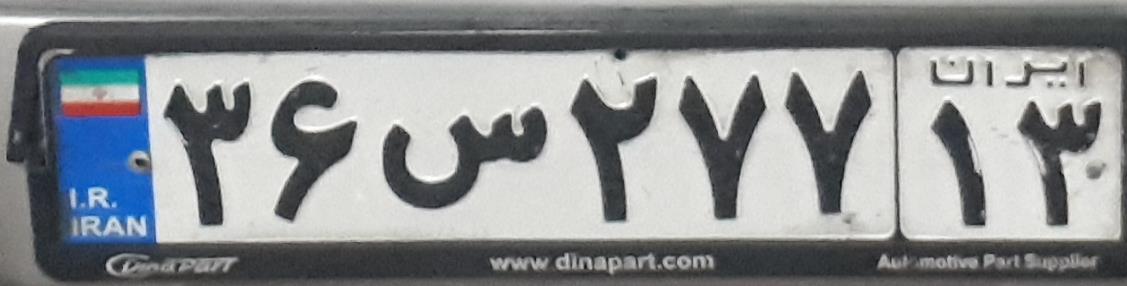
۳۶س۲۷۷۱۳